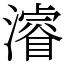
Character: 濬